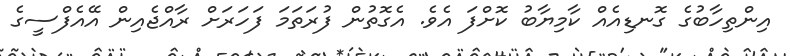
އިންތިހާބުގެ ގޮނޑިއެއް ކާމިޔާބު ކޮށްފަ އެވެ. އެގޮތުން ފުރަތަމަ ފަހަރަށް ރާއްޖެއިން އޭއެފްސީގެ